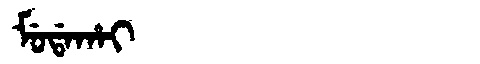
Manchu: ᠮᡠᡩᠠᡥᠠᡳ
Romanization: MUDAHAI